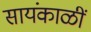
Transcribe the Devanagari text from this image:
सायंकाळीं